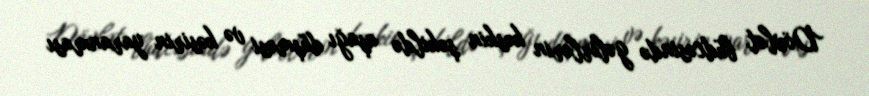
Dövlət büdcəsində gəlirlərin kəskin şəkildə aşağı düşməsi və kəsirin yaranması